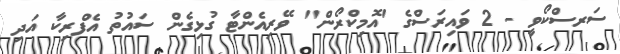
ސަރސްކޯވީ - 2 ވައިރަސްގެ 'އޮމިކްރޯން" ވޭރިއެންޓާ ގުޅިގެން ސައުތު އެފްރިކާ އަދި